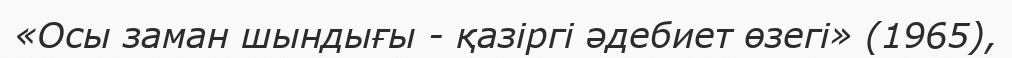
«Осы заман шындығы - қазіргі әдебиет өзегі» (1965),